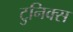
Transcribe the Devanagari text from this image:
टुनिक्स